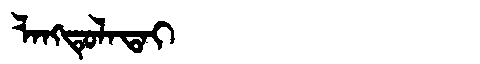
Manchu: ᠯᠠᠩᡨᡠᠯᠠᡨᠠᡳ
Romanization: LANGTULATAI